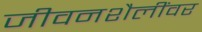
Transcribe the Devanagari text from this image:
जीवनशैलींवर